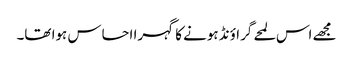
مجھے اس لمحے گراؤنڈ ہونے کا گہرا احساس ہوا تھا۔